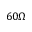
6 0 \Omega